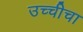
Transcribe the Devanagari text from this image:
उच्चीचा